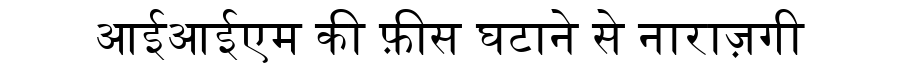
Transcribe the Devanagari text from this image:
आईआईएम की फ़ीस घटाने से नाराज़गी